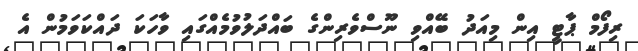
ރިފޯމް ޕާޓީ އިން މިއަދު ބޭއްވި ނޫސްވެރިންގެ ބައްދަލުވުމެއްގައި ވާހަކަ ދައްކަވަމުން އެ